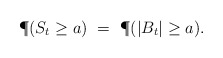
\begin{align*}\P(S_t \geq a) \ = \ \P(|B_t| \geq a).\end{align*}